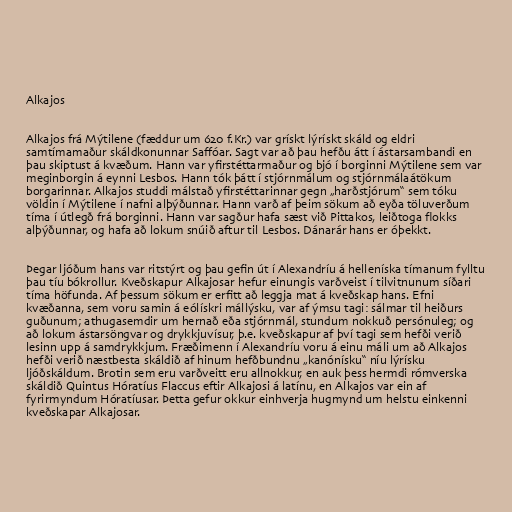
Alkajos

Alkajos frá Mýtilene (fæddur um 620 f.Kr.) var grískt lýrískt skáld og eldri
samtímamaður skáldkonunnar Saffóar. Sagt var að þau hefðu átt í ástarsambandi en
þau skiptust á kvæðum. Hann var yfirstéttarmaður og bjó í borginni Mýtilene sem var
meginborgin á eynni Lesbos. Hann tók þátt í stjórnmálum og stjórnmálaátökum
borgarinnar. Alkajos studdi málstað yfirstéttarinnar gegn „harðstjórum“ sem tóku
völdin í Mýtilene í nafni alþýðunnar. Hann varð af þeim sökum að eyða töluverðum
tíma í útlegð frá borginni. Hann var sagður hafa sæst við Pittakos, leiðtoga flokks
alþýðunnar, og hafa að lokum snúið aftur til Lesbos. Dánarár hans er óþekkt.

Þegar ljóðum hans var ritstýrt og þau gefin út í Alexandríu á helleníska tímanum fylltu
þau tíu bókrollur. Kveðskapur Alkajosar hefur einungis varðveist í tilvitnunum síðari
tíma höfunda. Af þessum sökum er erfitt að leggja mat á kveðskap hans. Efni
kvæðanna, sem voru samin á eólískri mállýsku, var af ýmsu tagi: sálmar til heiðurs
guðunum; athugasemdir um hernað eða stjórnmál, stundum nokkuð persónuleg; og
að lokum ástarsöngvar og drykkjuvísur, þ.e. kveðskapur af því tagi sem hefði verið
lesinn upp á samdrykkjum. Fræðimenn í Alexandríu voru á einu máli um að Alkajos
hefði verið næstbesta skáldið af hinum hefðbundnu „kanónísku“ níu lýrísku
ljóðskáldum. Brotin sem eru varðveitt eru allnokkur, en auk þess hermdi rómverska
skáldið Quintus Hóratíus Flaccus eftir Alkajosi á latínu, en Alkajos var ein af
fyrirmyndum Hóratíusar. Þetta gefur okkur einhverja hugmynd um helstu einkenni
kveðskapar Alkajosar.